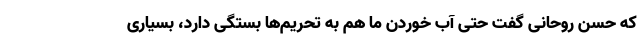
که حسن روحانی گفت حتی آب خوردن ما هم به تحریم‌ها بستگی دارد، بسیاری